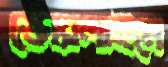
স্কোরলাইনে